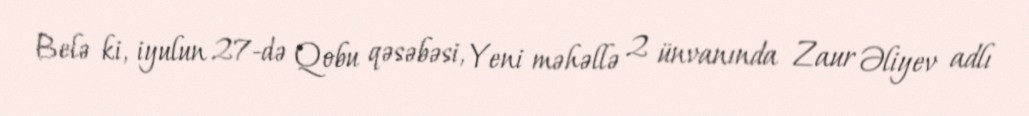
Belə ki, iyulun 27-də Qobu qəsəbəsi, Yeni məhəllə 2 ünvanında Zaur Əliyev adlı